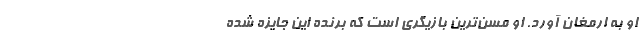
او به ارمغان آورد. او مسن‌ترين بازيگري است که برنده اين جايزه شده